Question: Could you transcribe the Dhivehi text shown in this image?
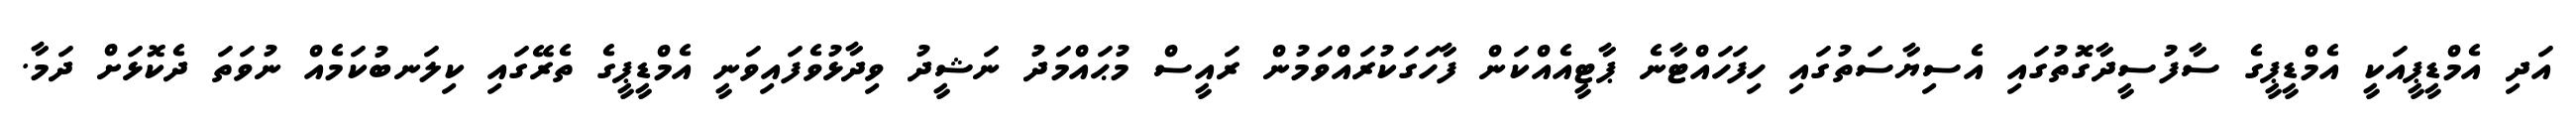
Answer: އަދި އެމްޑީޕީއަކީ އެމްޑީޕީގެ ސާފުސީދާގޮތުގައި އެސިޔާސަތުގައި ހިފަހައްޓާނެ ޕާޓީއެއްކަން ފާހަގަކުރައްވަމުން ރައީސް މުޙައްމަދު ނަޝީދު ވިދާޅުވެފައިވަނީ އެމްޑީޕީގެ ތެރޭގައި ކިލަނބުކަމެއް ނުވަތަ ދެކޮޅަށް ދަމާ.